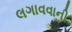
લગાવવાની